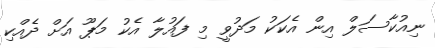
ނިއުކާސަލް އިން އެކަކު މަދުވީ މި ފައުލާ އެކު މަޕޫ އަށް ދެއްކި